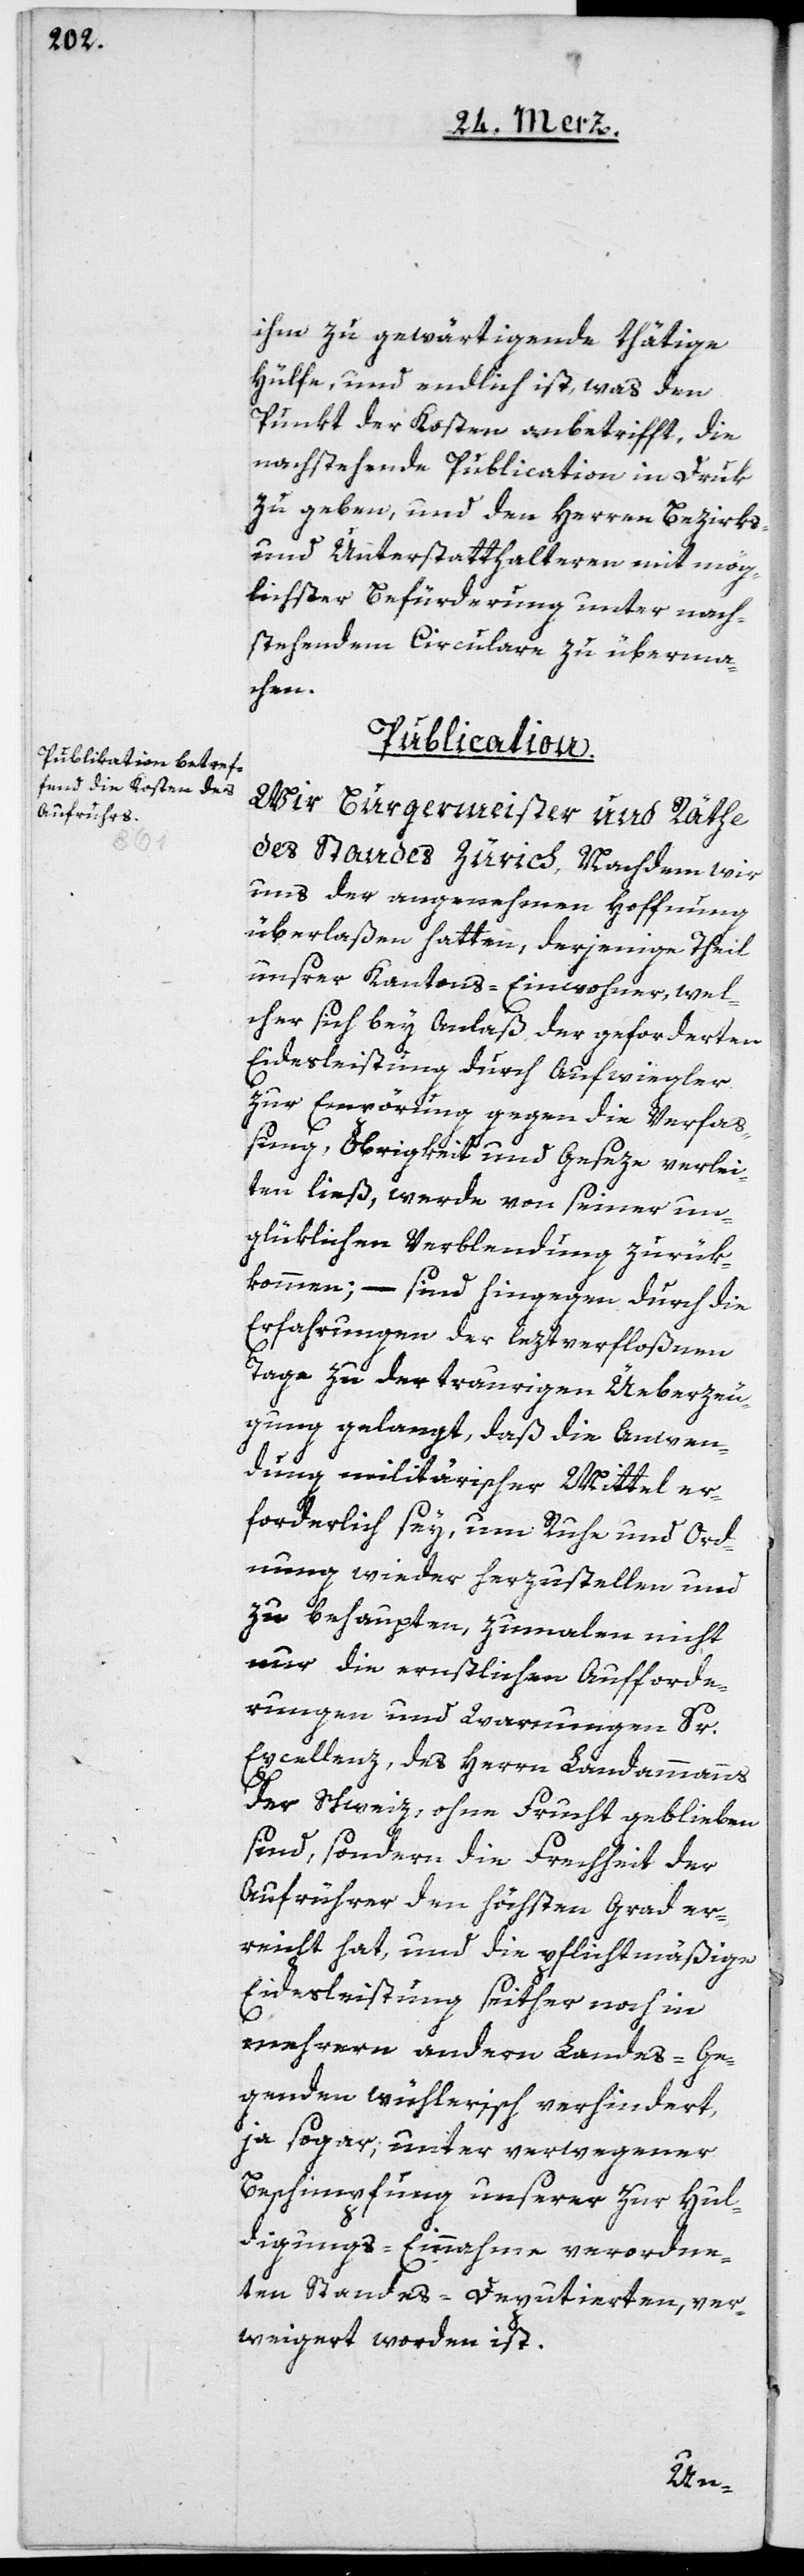
ihm zu gewärtigende thätige
Hülfe, und endlich ist, was den
Punkt der Kosten anbetrifft, die
nachstehende Publication in Druk
zu geben, und den Herren Bezirks-
und Unterstatthalteren mit mög¬
lichster Befürderung unter nach¬
stehendem Circulare zu überma¬
chen.
Publication
Wir Burgermeister und Räthe
des Standes Zürich, Nachdem wir
uns der angenehmen Hoffnung
überlaßen hatten, derjenige Theil
unsrer Kantons-Einwohner, wel¬
cher sich bey Anlaß der geforderten
Eidesleistung durch Aufwiegler
zur Empörung gegen die Verfaß¬
ung, Obrigkeit und Geseze verlei¬
ten ließ, werde von seiner un¬
glüklichen Verblendung zurük¬
kommen; – sind hingegen durch die
Erfahrungen der leztverfloßnen
Tage zu der traurigen Üeberzeu¬
gung gelangt, daß die Anwen¬
dung militärischer Mittel er¬
forderlich sey, um Ruhe und Ord¬
nung wieder herzustellen und
zu behaupten, zumalen nicht
nur die ernstlichen Aufforde¬
rungen und Warnungen Sr.
Excellenz, des Herrn Landammanns
der Schweiz, ohne Frucht geblieben
sind, sondern die Frechheit der
Aufrührer den höchsten Grad er¬
reicht hat, und die pflichtmäßige
Eidesleistung seither noch in
mehrern andern Landes-Ge¬
genden wühlerisch verhindert,
ja sogar, unter verwegener
Beschimpfung unserer zur Hul¬
digungs-Einnahme verordne¬
ten Standes-Deputierten ver¬
weigert worden ist.